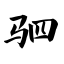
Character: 驷